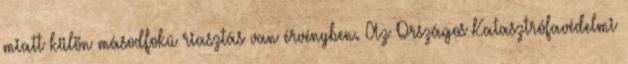
miatt külön másodfokú riasztás van érvényben. Az Országos Katasztrófavédelmi